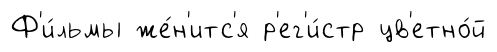
Ф'и́льмы же́н'итс'я р'ег'и́стр цв'етно́й